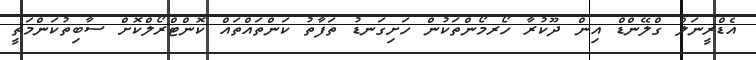
އެޑްރީނަލް ގްލޭންޑް އިން ދޫކުރާ ހޯރމޯންތަކުން ހަށިގަނޑު ތަފާތު ކަންތައްތައް ކޮންޓްރޯލްކޮށް ސާބިތުކަންމަތީ